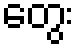
တွေး